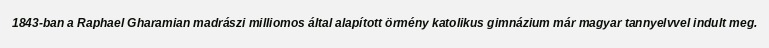
1843-ban a Raphael Gharamian madrászi milliomos által alapított örmény katolikus gimnázium már magyar tannyelvvel indult meg.